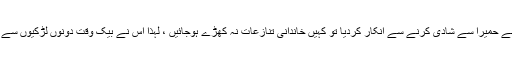
اسے خدشہ تھا کہ اگر اس نے حمیرا سے شادی کرنے سے انکار کردیا تو کہیں خاندانی تنازعات نہ کھڑے ہوجائیں ، لہذا اس نے بیک وقت دونوں لڑکیوں سے شادی کرنے کا فیصلہ کیا ۔